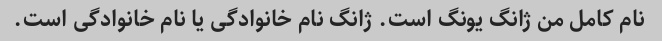
نام کامل من ژانگ یونگ است. ژانگ نام خانوادگی یا نام خانوادگی است.